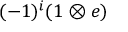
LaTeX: ( - 1 ) ^ { i } ( 1 \otimes e )